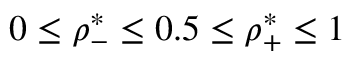
0 \leq \rho _ { - } ^ { * } \leq 0 . 5 \leq \rho _ { + } ^ { * } \leq 1